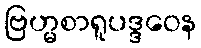
ဗြဟ္မစာရူပဒ္ဒဝေန